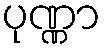
ပုဏ္ဏာ